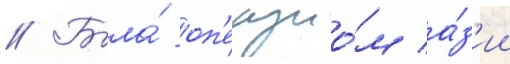
// Была́ оп'екуно́м а́з'ии